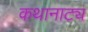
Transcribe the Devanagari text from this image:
कथानाट्य